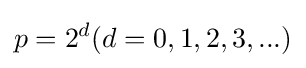
p=2^{d}(d=0,1,2,3,...)